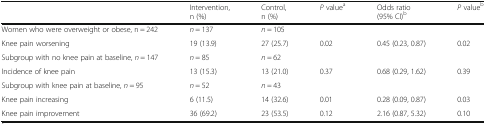
<table><thead><tr><td></td><td><b>Intervention, n (%)</b></td><td><b>Control, n (%)</b></td><td><b><i>P</i> value<sup>a</sup></b></td><td><b>Odds ratio (95% CI)<sup>b</sup></b></td><td><b><i>P</i> value<sup>b</sup></b></td></tr></thead><tbody><tr><td>Women who were overweight or obese, n = 242</td><td><i>n</i> = 137</td><td><i>n</i> = 105</td><td></td><td></td><td></td></tr><tr><td>Knee pain worsening</td><td>19 (13.9)</td><td>27 (25.7)</td><td>0.02</td><td>0.45 (0.23, 0.87)</td><td>0.02</td></tr><tr><td>Subgroup with no knee pain at baseline, <i>n</i> = 147</td><td><i>n</i> = 85</td><td><i>n</i> = 62</td><td></td><td></td><td></td></tr><tr><td>Incidence of knee pain</td><td>13 (15.3)</td><td>13 (21.0)</td><td>0.37</td><td>0.68 (0.29, 1.62)</td><td>0.39</td></tr><tr><td>Subgroup with knee pain at baseline, <i>n</i> = 95</td><td><i>n</i> = 52</td><td><i>n</i> = 43</td><td></td><td></td><td></td></tr><tr><td>Knee pain increasing</td><td>6 (11.5)</td><td>14 (32.6)</td><td>0.01</td><td>0.28 (0.09, 0.87)</td><td>0.03</td></tr><tr><td>Knee pain improvement</td><td>36 (69.2)</td><td>23 (53.5)</td><td>0.12</td><td>2.16 (0.87, 5.32)</td><td>0.10</td></tr></tbody></table>